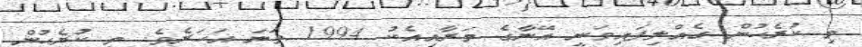
މި ކުރެހުން ގެއްލިފައިވަނީ އޭނާގެ މަރާއިއެކު 1994 ވަނަ އަހަރެވެ. މި ކުރެހުން